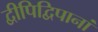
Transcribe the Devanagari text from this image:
द्वीपिद्विपानां